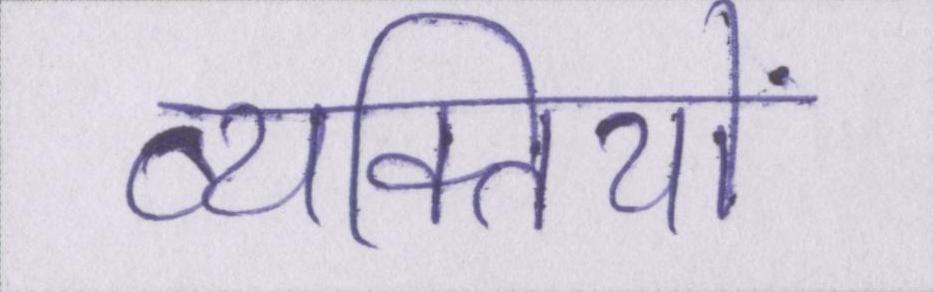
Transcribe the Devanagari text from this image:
व्यक्तियों